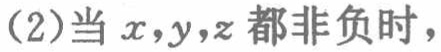
(2)当 \(x,y,z\) 都非负时，